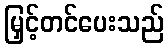
မြှင့်တင်ပေးသည်